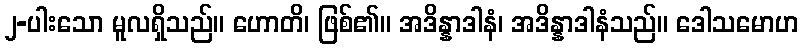
၂-ပါးသော မူလရှိသည်။ ဟောတိ၊ ဖြစ်၏။ အဒိန္နာဒါနံ၊ အဒိန္နာဒါနံသည်။ ဒေါသမောဟ